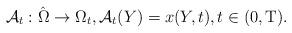
LaTeX: \begin{align*}\mathcal{A}_t:\hat{\Omega} \rightarrow \Omega_t, \mathcal{A}_t(Y)= x(Y, t), t\in(0,\rm{T}).\end{align*}